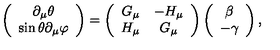
\left( \begin{array} { c } { \partial _ { \mu } \theta } \\ { \sin \theta \partial _ { \mu } \varphi } \\ \end{array} \right) = \left( \begin{array} { c c } { G _ { \mu } } & { - H _ { \mu } } \\ { H _ { \mu } } & { G _ { \mu } } \\ \end{array} \right) \left( \begin{array} { c } { \beta } \\ { - \gamma } \\ \end{array} \right) ,